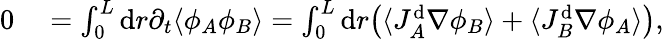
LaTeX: \begin{array}{rl}{0}&{{}=\int_{0}^{L}\mathrm{d}r\partial_{t}\langle{\phi_{A}\phi_{B}}\rangle=\int_{0}^{L}\mathrm{d}r\big(\langle J_{A}^{\mathrm{d}}\nabla\phi_{B}\rangle+\langle J_{B}^{\mathrm{d}}\nabla\phi_{A}\rangle\big),}\end{array}